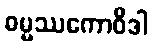
ဓမ္မဿကောဝိဒါ